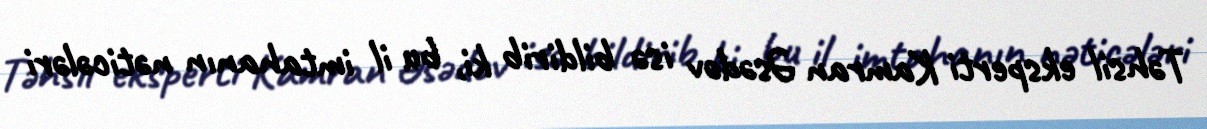
Təhsil eksperti Kamran Əsədov isə bildirib ki, bu il imtahanın nəticələri